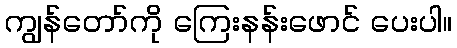
ကျွန်တော်ကို ကြေးနန်းဖောင် ပေးပါ။